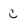
Character: C